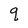
Character: q